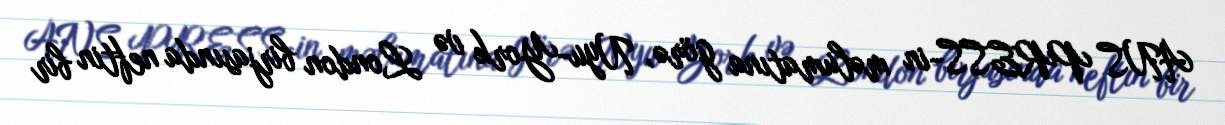
ANS PRESS-in məlumatına görə, Nyu-York və London birjasında neftin bir